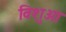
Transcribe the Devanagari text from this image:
विशुआ